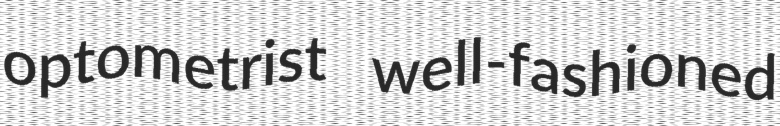
optometrist well-fashioned